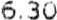
6.30